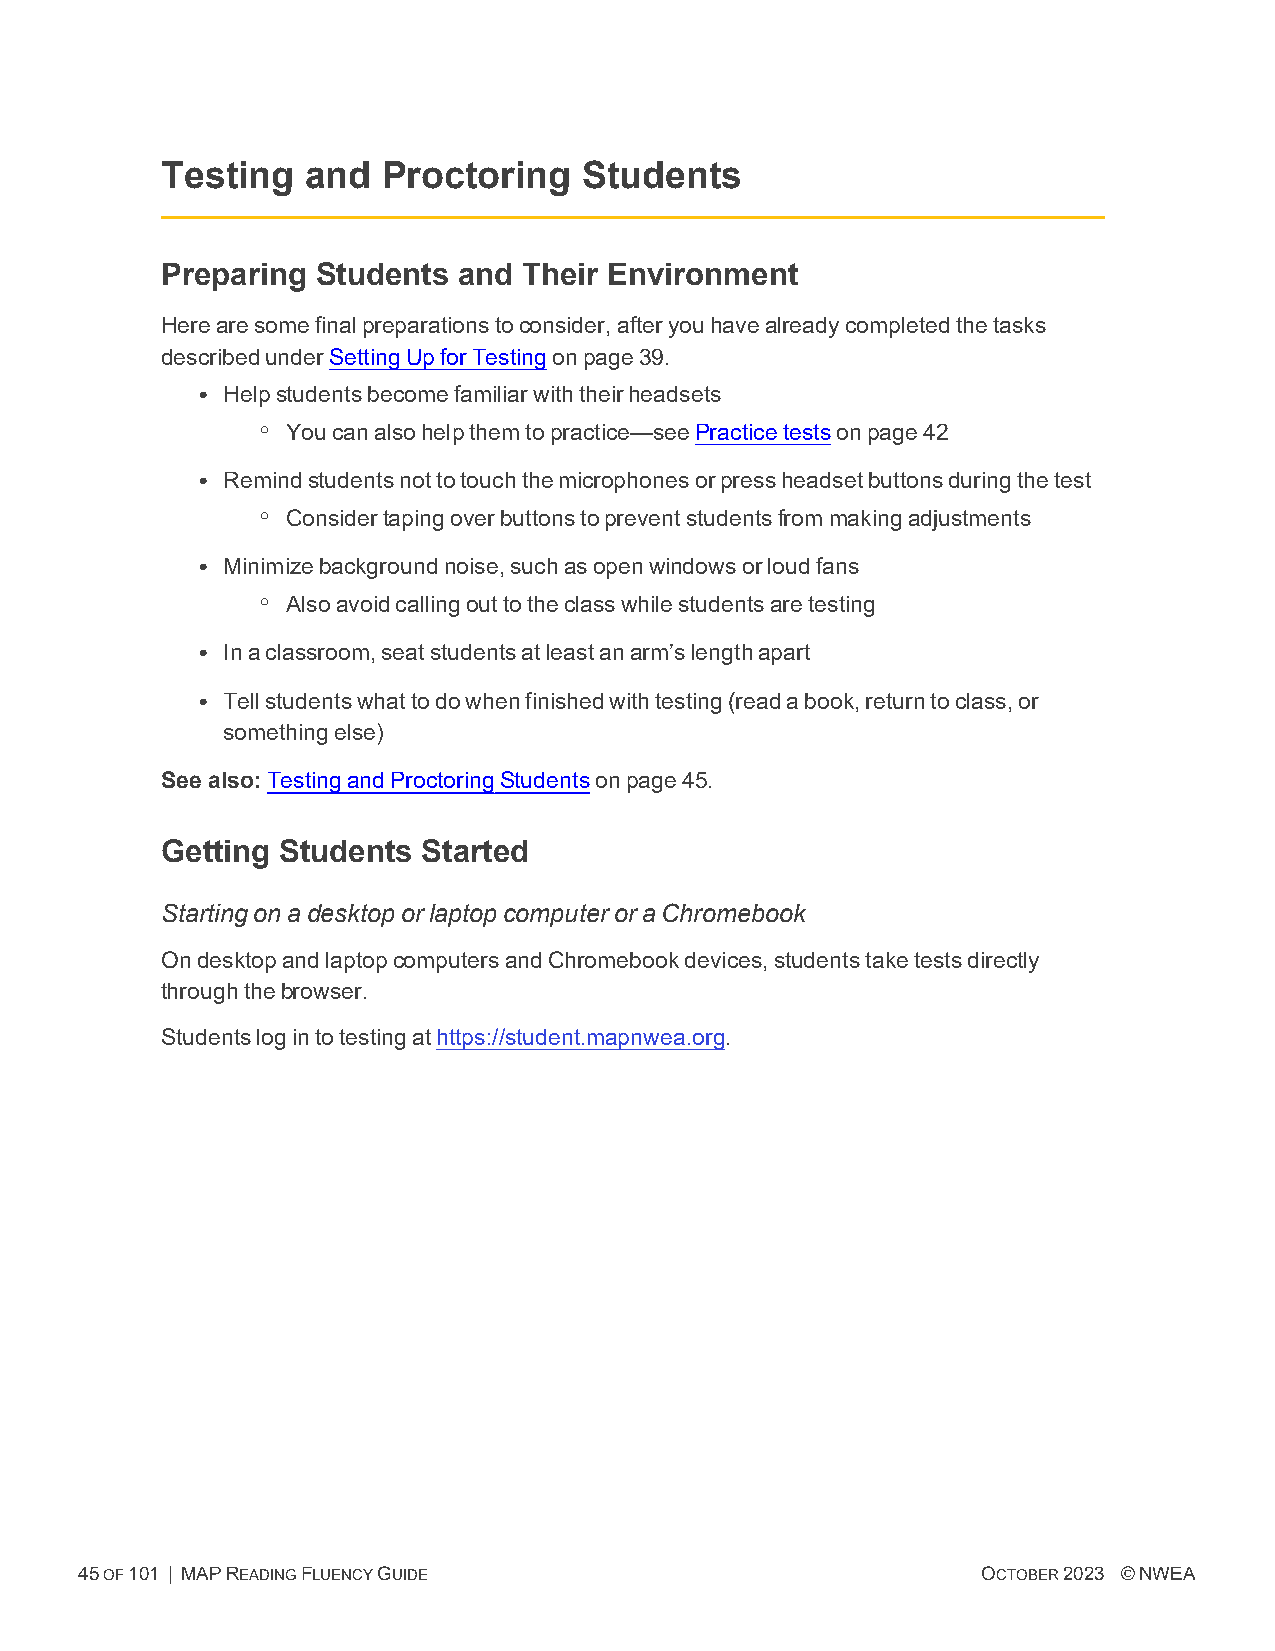
Testing  and  Proctoring    Students
 Preparing Students and  Their Environment
 Herearesomefinalpreparationstoconsider,afteryouhavealreadycompletedthetasks
 describedunderSettingUpforTestingonpage39.
 l Helpstudentsbecomefamiliarwiththeirheadsets
 o Youcanalsohelpthemtopractice—seePracticetestsonpage42
 l Remindstudentsnottotouchthemicrophonesorpressheadsetbuttonsduringthetest
 o Considertapingoverbuttonstopreventstudentsfrommakingadjustments
 l Minimizebackgroundnoise,suchasopenwindowsorloudfans
 o Alsoavoidcallingouttotheclasswhilestudentsaretesting
 l Inaclassroom,seatstudentsatleastanarm’slengthapart
 l Tellstudentswhattodowhenfinishedwithtesting(readabook,returntoclass,or
 somethingelse)
 See also:TestingandProctoringStudentsonpage45.
 Getting Students Started
 StartingonadesktoporlaptopcomputeroraChromebook
 OndesktopandlaptopcomputersandChromebookdevices,studentstaketestsdirectly
 throughthebrowser.
 Studentslogintotestingathttps://student.mapnwea.org.
 45OF101 | MAPREADINGFLUENCYGUIDE                            OCTOBER2023 ©NWEA